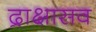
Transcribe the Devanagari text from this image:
द्राक्षासव